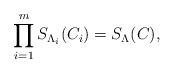
LaTeX: \begin{align*} \prod_{i=1}^m S_{\Lambda_i} (C_i) = S_\Lambda (C), \end{align*}